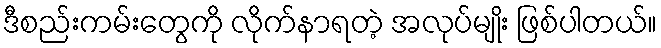
ဒီစည်းကမ်းတွေကို လိုက်နာရတဲ့ အလုပ်မျိုး ဖြစ်ပါတယ်။